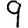
Digit: 9